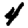
Digit: 4